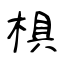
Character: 椇